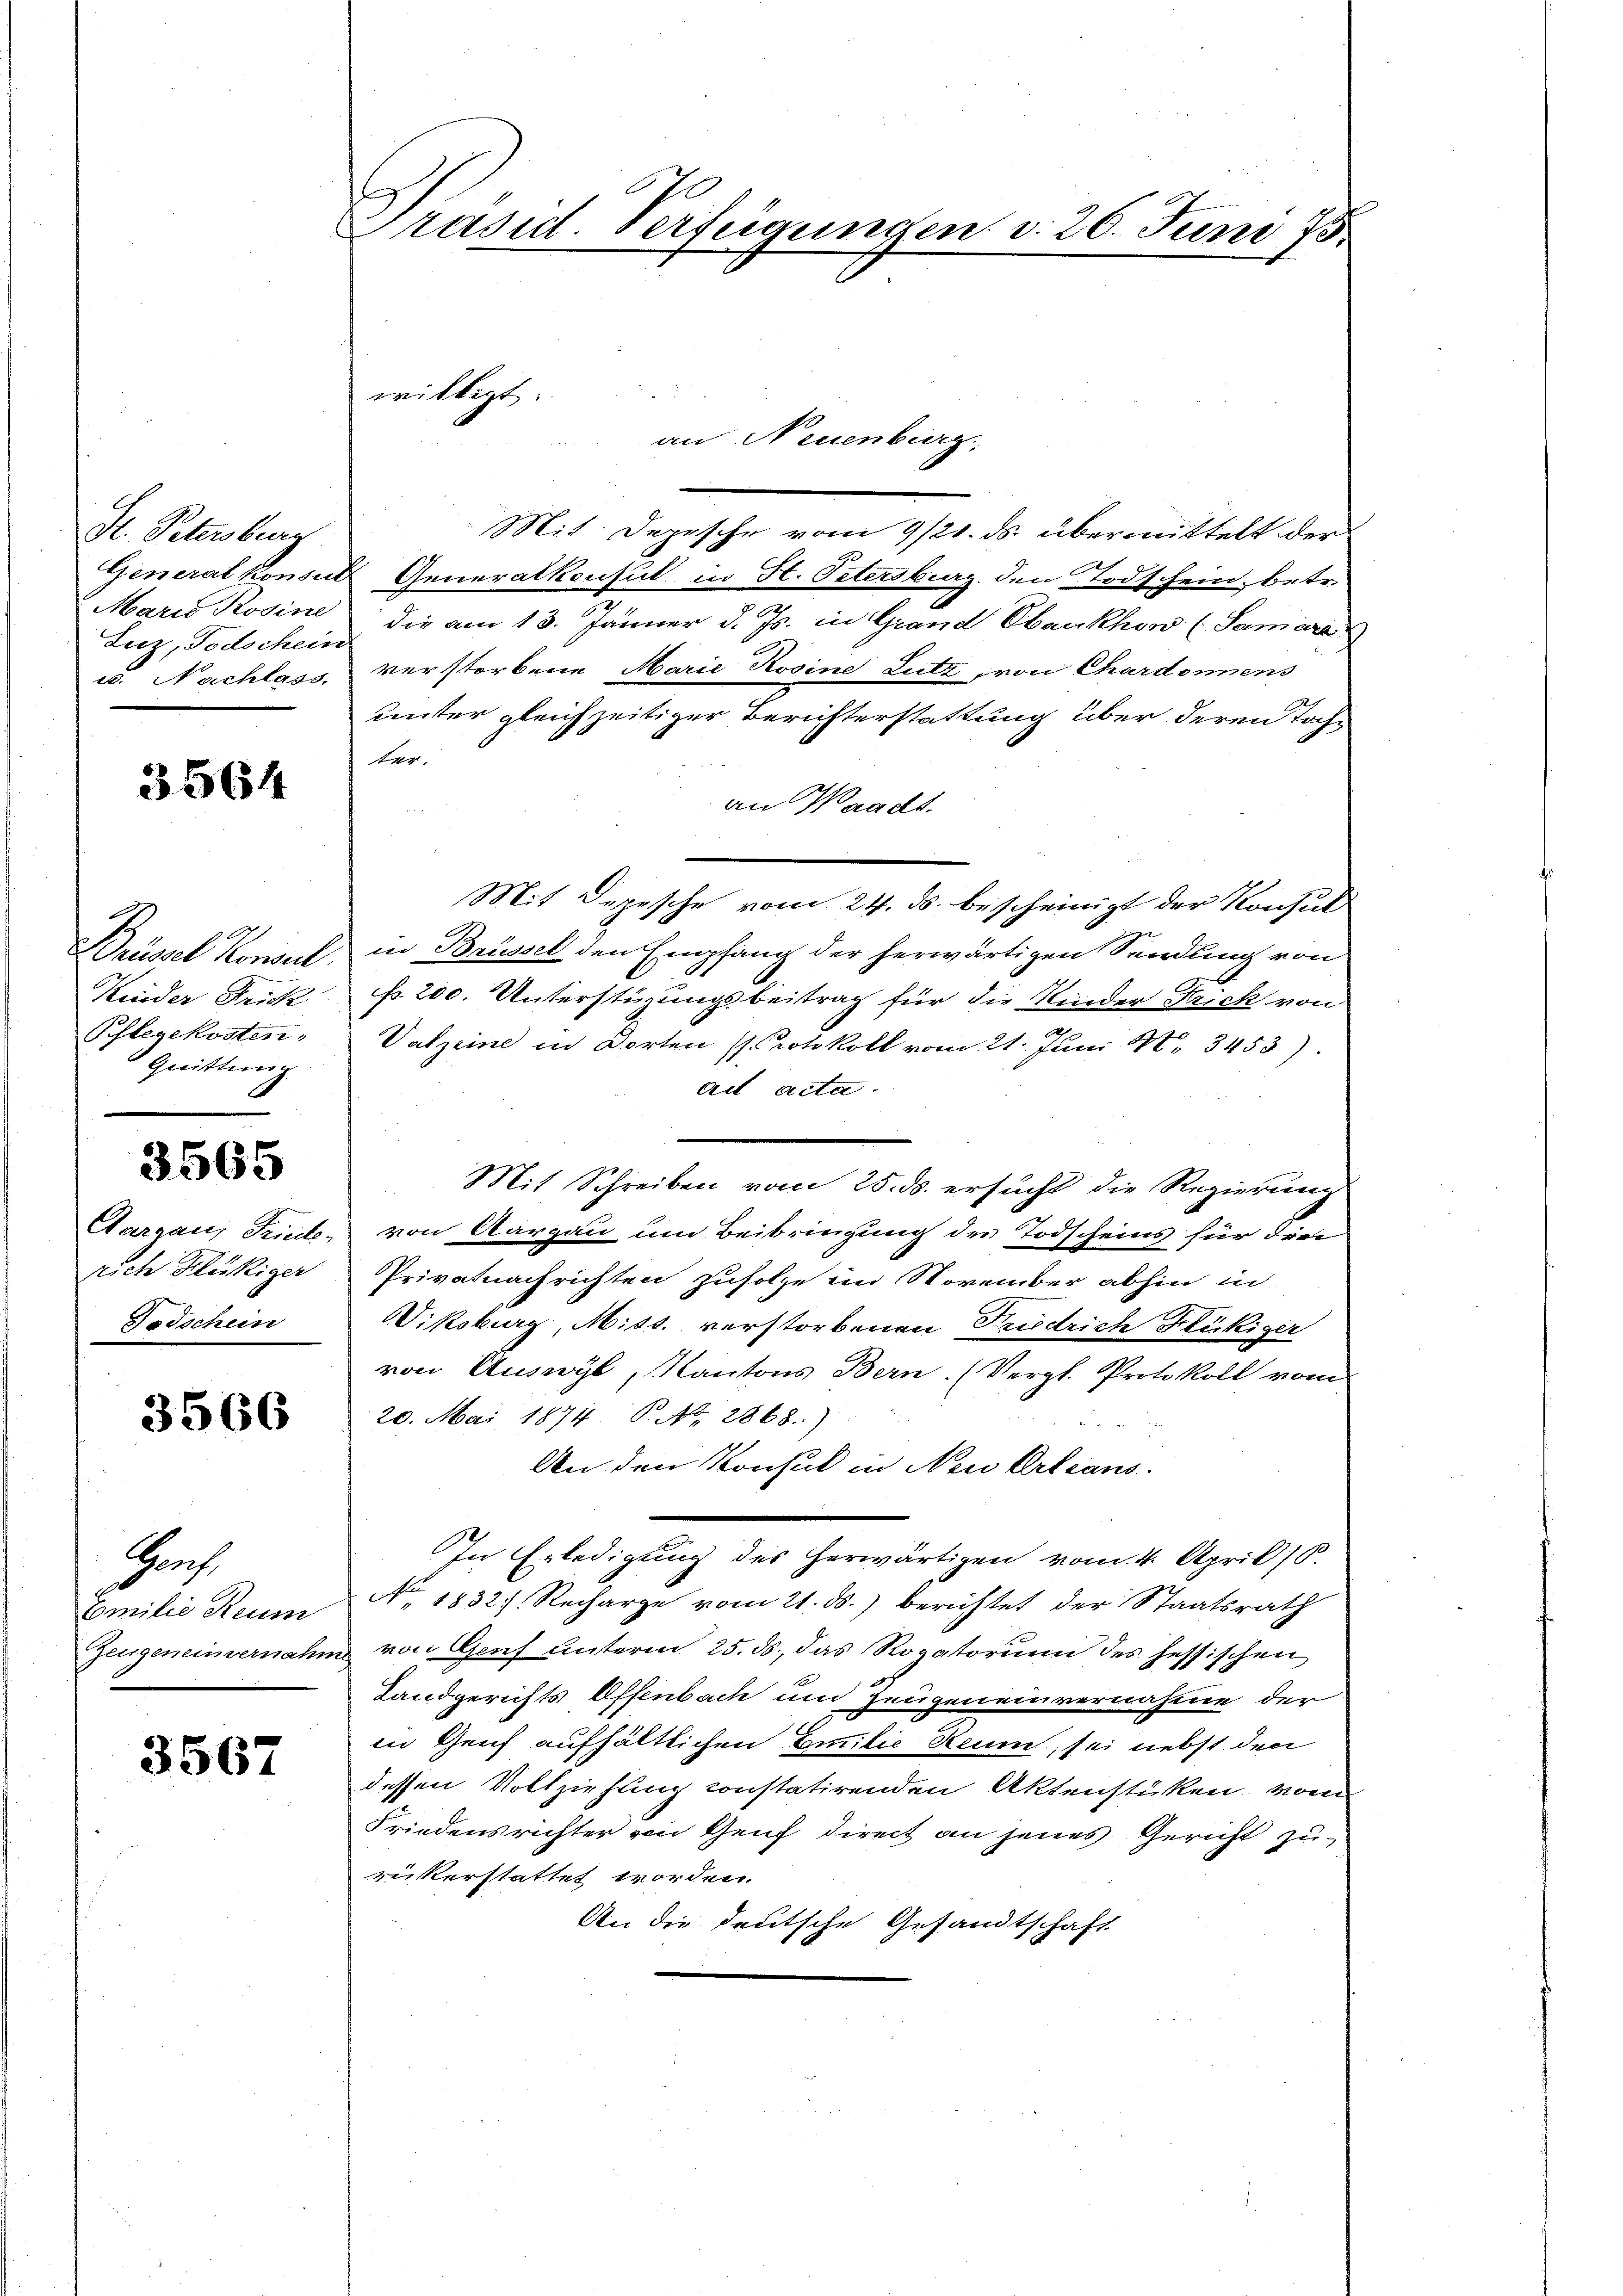
Hr. Petersberg
Luz, Todschein

3564

J
Kinder Frick
Pflegekosten,
Quittung

3565

richt Glückiger
Todschein

3566

Grof
Emilie Reum

3567

Präsid. Verfügungen d. 26. Juni 75.

Mit Depesche vom 9/21. ds. übermittelt der
Generalkonsuls Generalkonsul in St. Petersburg den Todschein, betr.
Maris Rosine, die am 13. Jänner d. Js. in Grand Obaukhow (Samare
u. Nachlass, verstorbene Marie Rosine Lutz von Chardonnens
unter gleichzeitiger Berichterstattung über deren Toch¬
,
an Waadt.
Mit Depesche vom 24. ds. bescheinigt der Konsul
Drüssel Konsul in Brüssel den Empfang der herwärtigen Sendung von
f. 200. Unterstüzungsbeitrag für die Kinder Krick von
.
Vatzeine in Dorten (Protokoll vom 21. Juni 18. 3453).
ad acta.
Mit Schreiben vom 25. ds. ersucht die Regierung
Aargau, Trieb, von Aargau um Beibringung des Todscheins für die
Privatnachrichten zufolge im November abhin in
Wiksburg, Miss. verstorbenen Friedrich Häckiger
von Auswyl, Kantons Bern. (Vergl. Protokoll vom
20. Mai 1874 P. Nr. 2868.)

An den Konsul in New Arleans
In Erledigung des herwärtigen vom 4. April 18
No 1832. Recharge vom 21. ds. berichtet der Staatsrath
Zeugeneinvernahm von Genf unterm 25. ds., das Rogatorium des hessischen
Landgerichts Offenbach und Zeugeneinvernahme der
in Grif aufhältlichen Emilie Aeum, sei nebst den
dessen Vollziehung constatirenden Aktenstücken, vom
Friedensrichter von Genf direct an jenes Gericht zurickerstattet worden.
An die deutsche Gesandtschaft

willigt:

an Neuenburg